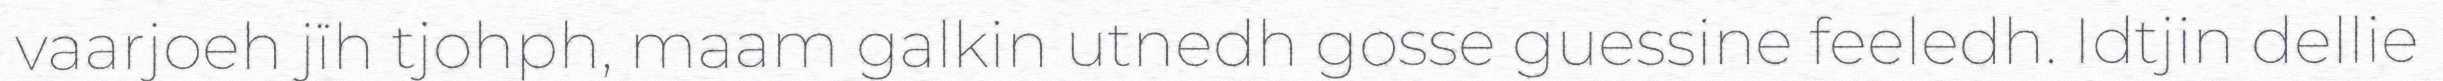
vaarjoeh jïh tjohph, maam galkin utnedh gosse guessine feeledh. Idtjin dellie